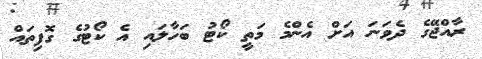
ރާއްޖޭގެ ދެވަނަ އަށް އެންމެ މަތީ ކޯޓު ބަހާލައި އެ ކޯޓުގެ ގޮފިތައް